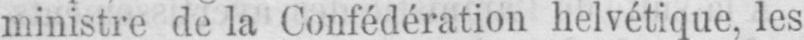
ministre de la Confédération helvétique, les